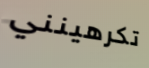
تكرهينني